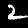
Label: 2